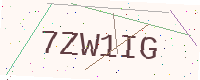
Text: 7ZW1IG